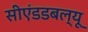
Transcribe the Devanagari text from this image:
सीएंडडबल्यू